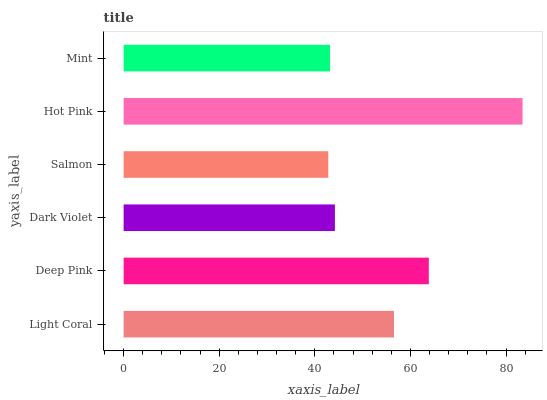
| yaxis_label | bars |
 | --- | --- |
 | Light Coral | 56.6 |
 | Deep Pink | 63.9 |
 | Dark Violet | 44.2 |
 | Salmon | 42.8 |
 | Hot Pink | 83.5 |
 | Mint | 43.2 |